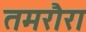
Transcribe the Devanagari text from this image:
तमरौरा